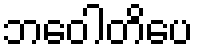
ဘဝေါတိပေ